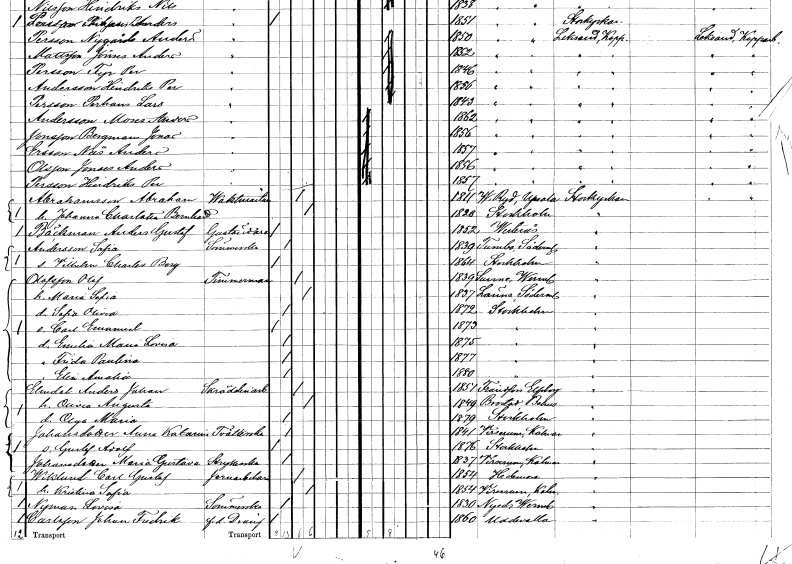
gt_parse: households: individuals: FN: Näs Anders
EN: Ersson
YRKE: Vedsågare
KON: M
CIV: O
FODAR: 1857
FODFORS: Leksand Kopparbergs län
FN: Jonses Anders
EN: Olsson
YRKE: Vedsågare
KON: M
CIV: O
FODAR: 1856
FODFORS: Leksand Kopparbergs län
FN: Hindriks Per
EN: Persson
YRKE: Vedsågare
KON: M
CIV: O
FODAR: 1857
FODFORS: Leksand Kopparbergs län
FN: Abraham
EN: Abrahamsson
YRKE: Vaktmästare
KON: M
CIV: G
FODAR: 1811
FODFORS: Västra Ryd Stockholms län
FN: Johanna Charlotta Bernhardina
KON: K
CIV: G
FODAR: 1820
FODFORS: Stockholm
FN: Anders Gustaf
EN: Bäckman
YRKE: Gaständare
KON: M
CIV: O
FODAR: 1852
FODFORS: Västerås Västmanlands län
FN: Sofia
EN: Andersson
YRKE: Sömmerska
KON: K
CIV: O
FODAR: 1839
FODFORS: Tumbo Södermanlands län
FN: Vilhelm Charles
EN: Borg
KON: M
CIV: O
FODAR: 1864
FODFORS: Stockholm
FN: Olof
EN: Olofsson
YRKE: Timmerman
KON: M
CIV: G
FODAR: 1839
FODFORS: Sunne Värmlands län
FN: Maria Sofia
KON: K
CIV: G
FODAR: 1837
FODFORS: Länna Södermanlands län
FN: Sofia Olivia
KON: K
CIV: O
FODAR: 1872
FODFORS: Stockholm
FN: Carl Emanuel
KON: M
CIV: O
FODAR: 1873
FODFORS: Stockholm
FN: Emilia Maria Lovisa
KON: K
CIV: O
FODAR: 1875
FODFORS: Stockholm
FN: Frida Paulina
KON: K
CIV: O
FODAR: 1877
FODFORS: Stockholm
FN: Elin Amalia
KON: K
CIV: O
FODAR: 1880
FODFORS: Stockholm
FN: Anders Johan
EN: Elmdal
YRKE: Skrädderiarbetare
KON: M
CIV: G
FODAR: 1851
FODFORS: Frändefors Älvsborgs län
FN: Olivia Augusta
KON: K
CIV: G
FODAR: 1849
FODFORS: Brastad Göteborgs- och Bohuslän
FN: Olga Maria
KON: K
CIV: O
FODAR: 1879
FODFORS: Stockholm
FN: Anna Katarina
EN: Johansdotter
YRKE: Tvätterska
KON: K
CIV: O
FODAR: 1841
FODFORS: Virserum Kalmar län
FN: Gustaf Adolf
KON: M
CIV: O
FODAR: 1876
FODFORS: Stockholm
FN: Maria Gustava
EN: Johansdotter
YRKE: Strykerska
KON: K
CIV: O
FODAR: 1837
FODFORS: Virserum Kalmar län
FN: Carl Gustaf
EN: Wiklund
YRKE: Järnarbetare
KON: M
CIV: G
FODAR: 1854
FODFORS: Hedemora Kopparbergs län
FN: Kristina Sofia
KON: K
CIV: G
FODAR: 1854
FODFORS: Virserum Kalmar län
FN: Lovisa
EN: Nyman
YRKE: Sömmerska
KON: K
CIV: O
FODAR: 1830
FODFORS: Nyed Värmlands län
FN: Johan Fredrik
EN: Carlsson
YRKE: Dräng f.d.
KON: M
CIV: O
FODAR: 1860
FODFORS: Uddevalla Göteborgs- och Bohuslän